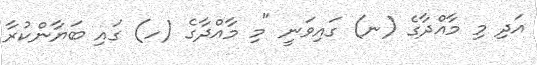
އަދި މި މާއްދާގެ (ނ) ގައިވަނީ "މި މާއްދާގެ (ހ) ގައި ބަޔާންކުރާ